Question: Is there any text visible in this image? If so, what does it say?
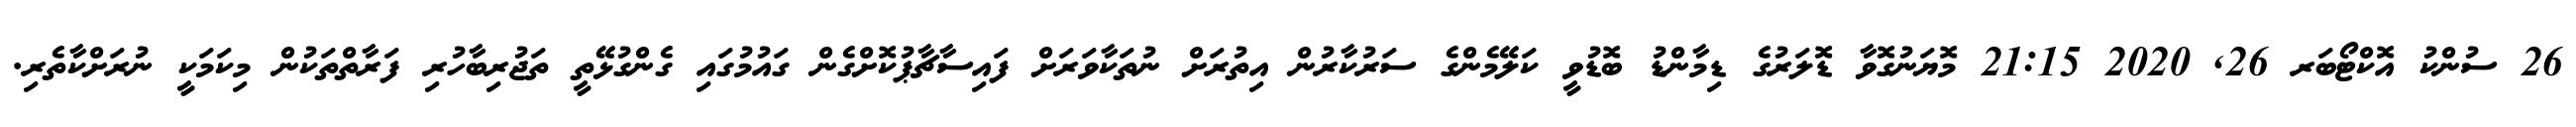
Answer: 26 ސުންކު އޮކްޓޯބަރ 26, 2020 21:15 މޮޔަނުގޮވާ ޑޮލަރުގެ ޑިމާންޑު ބޮޑުވީ ކަލޭމެންގެ ސަރުކާރުން އިތުރަށް ނުތަކާވަރަށް ފައިސާޗާޕުކޮށްގެން ގައުމުގައި ގެންގުޅޭތީ ތަޖުރިބާހުރި ފަރާތްތަކުން މިކަމަކީ ނުރަށްކާތެރި.